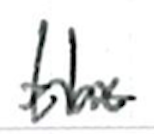
Text: the
Cross-out: wave
Writing tool: ballpoint